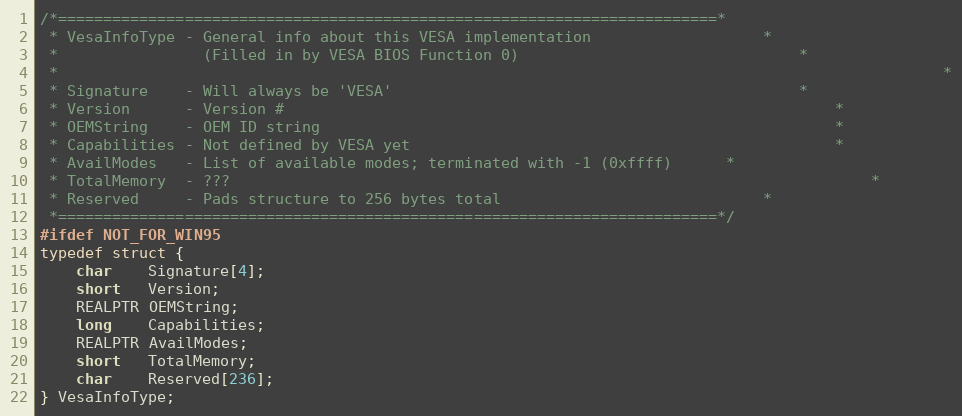
Language: C
/*=========================================================================*
 * VesaInfoType - General info about this VESA implementation					*
 *                (Filled in by VESA BIOS Function 0)								*
 *																									*
 * Signature    - Will always be 'VESA'												*
 * Version      - Version #																*
 * OEMString    - OEM ID string															*
 * Capabilities - Not defined by VESA yet												*
 * AvailModes   - List of available modes; terminated with -1 (0xffff)		*
 * TotalMemory  - ???																		*
 * Reserved     - Pads structure to 256 bytes total								*
 *=========================================================================*/
#ifdef NOT_FOR_WIN95
typedef struct {
	char    Signature[4];
	short   Version;
	REALPTR OEMString;
	long    Capabilities;
	REALPTR AvailModes;
	short   TotalMemory;
	char    Reserved[236];
} VesaInfoType;